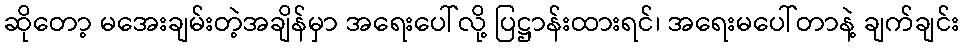
ဆိုတော့ မအေးချမ်းတဲ့အချိန်မှာ အရေးပေါ်လို့ ပြဋ္ဌာန်းထားရင်၊ အရေးမပေါ်တာနဲ့ ချက်ချင်း